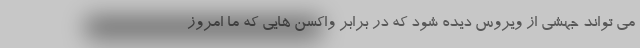
می تواند جهشی از ویروس دیده شود که در برابر واکسن هایی که ما امروز